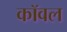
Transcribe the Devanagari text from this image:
कॉवल